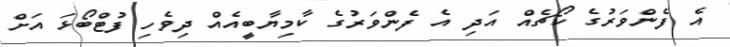
އެ ފެންވަރުގެ ކޯޗެއް އަދި އެ ފެންވަރުގެ ކާމިޔާބީއެއް ދިވެހި ފުޓްބޯޅަ އަށް